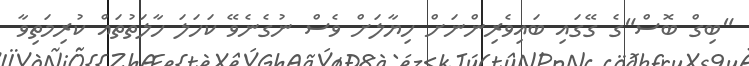
"ބިގް ބޮސް"ގެ ގޭގައި ބައިވެރިންނަށް ހިޔާލަށް ވެސް ނުގެނެވޭ ކަހަލަ ހާލަތުތައް ކުރިމަތިވާ